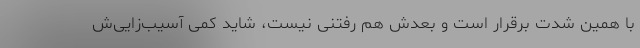
با همین شدت برقرار است و بعدش هم رفتنی نیست، شاید کمی آسیب‌زایی‌ش